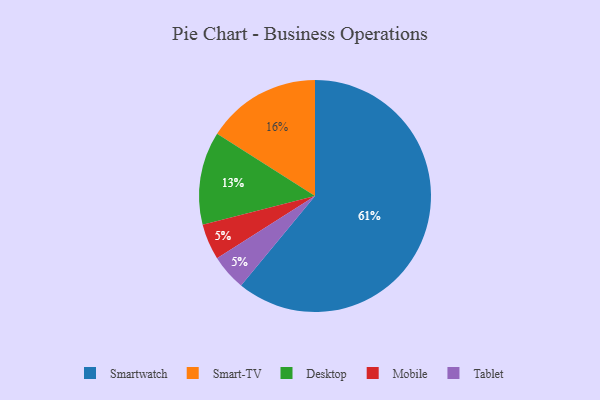
{"axis": {"x": "Category", "y": "Percentage"}, "legend": ["Desktop", "Mobile", "Smart-TV", "Smartwatch", "Tablet"], "data": [{"x": "Desktop", "y": 13, "type": "Desktop"}, {"x": "Mobile", "y": 5, "type": "Mobile"}, {"x": "Smartwatch", "y": 61, "type": "Smartwatch"}, {"x": "Smart-TV", "y": 16, "type": "Smart-TV"}, {"x": "Tablet", "y": 5, "type": "Tablet"}]}